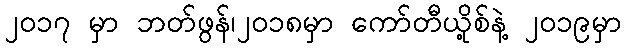
၂၀၁၇ မှာ ဘတ်ဖွန်၊၂၀၁၈မှာ ကော်တီယို့စ်နဲ့ ၂၀၁၉မှာ